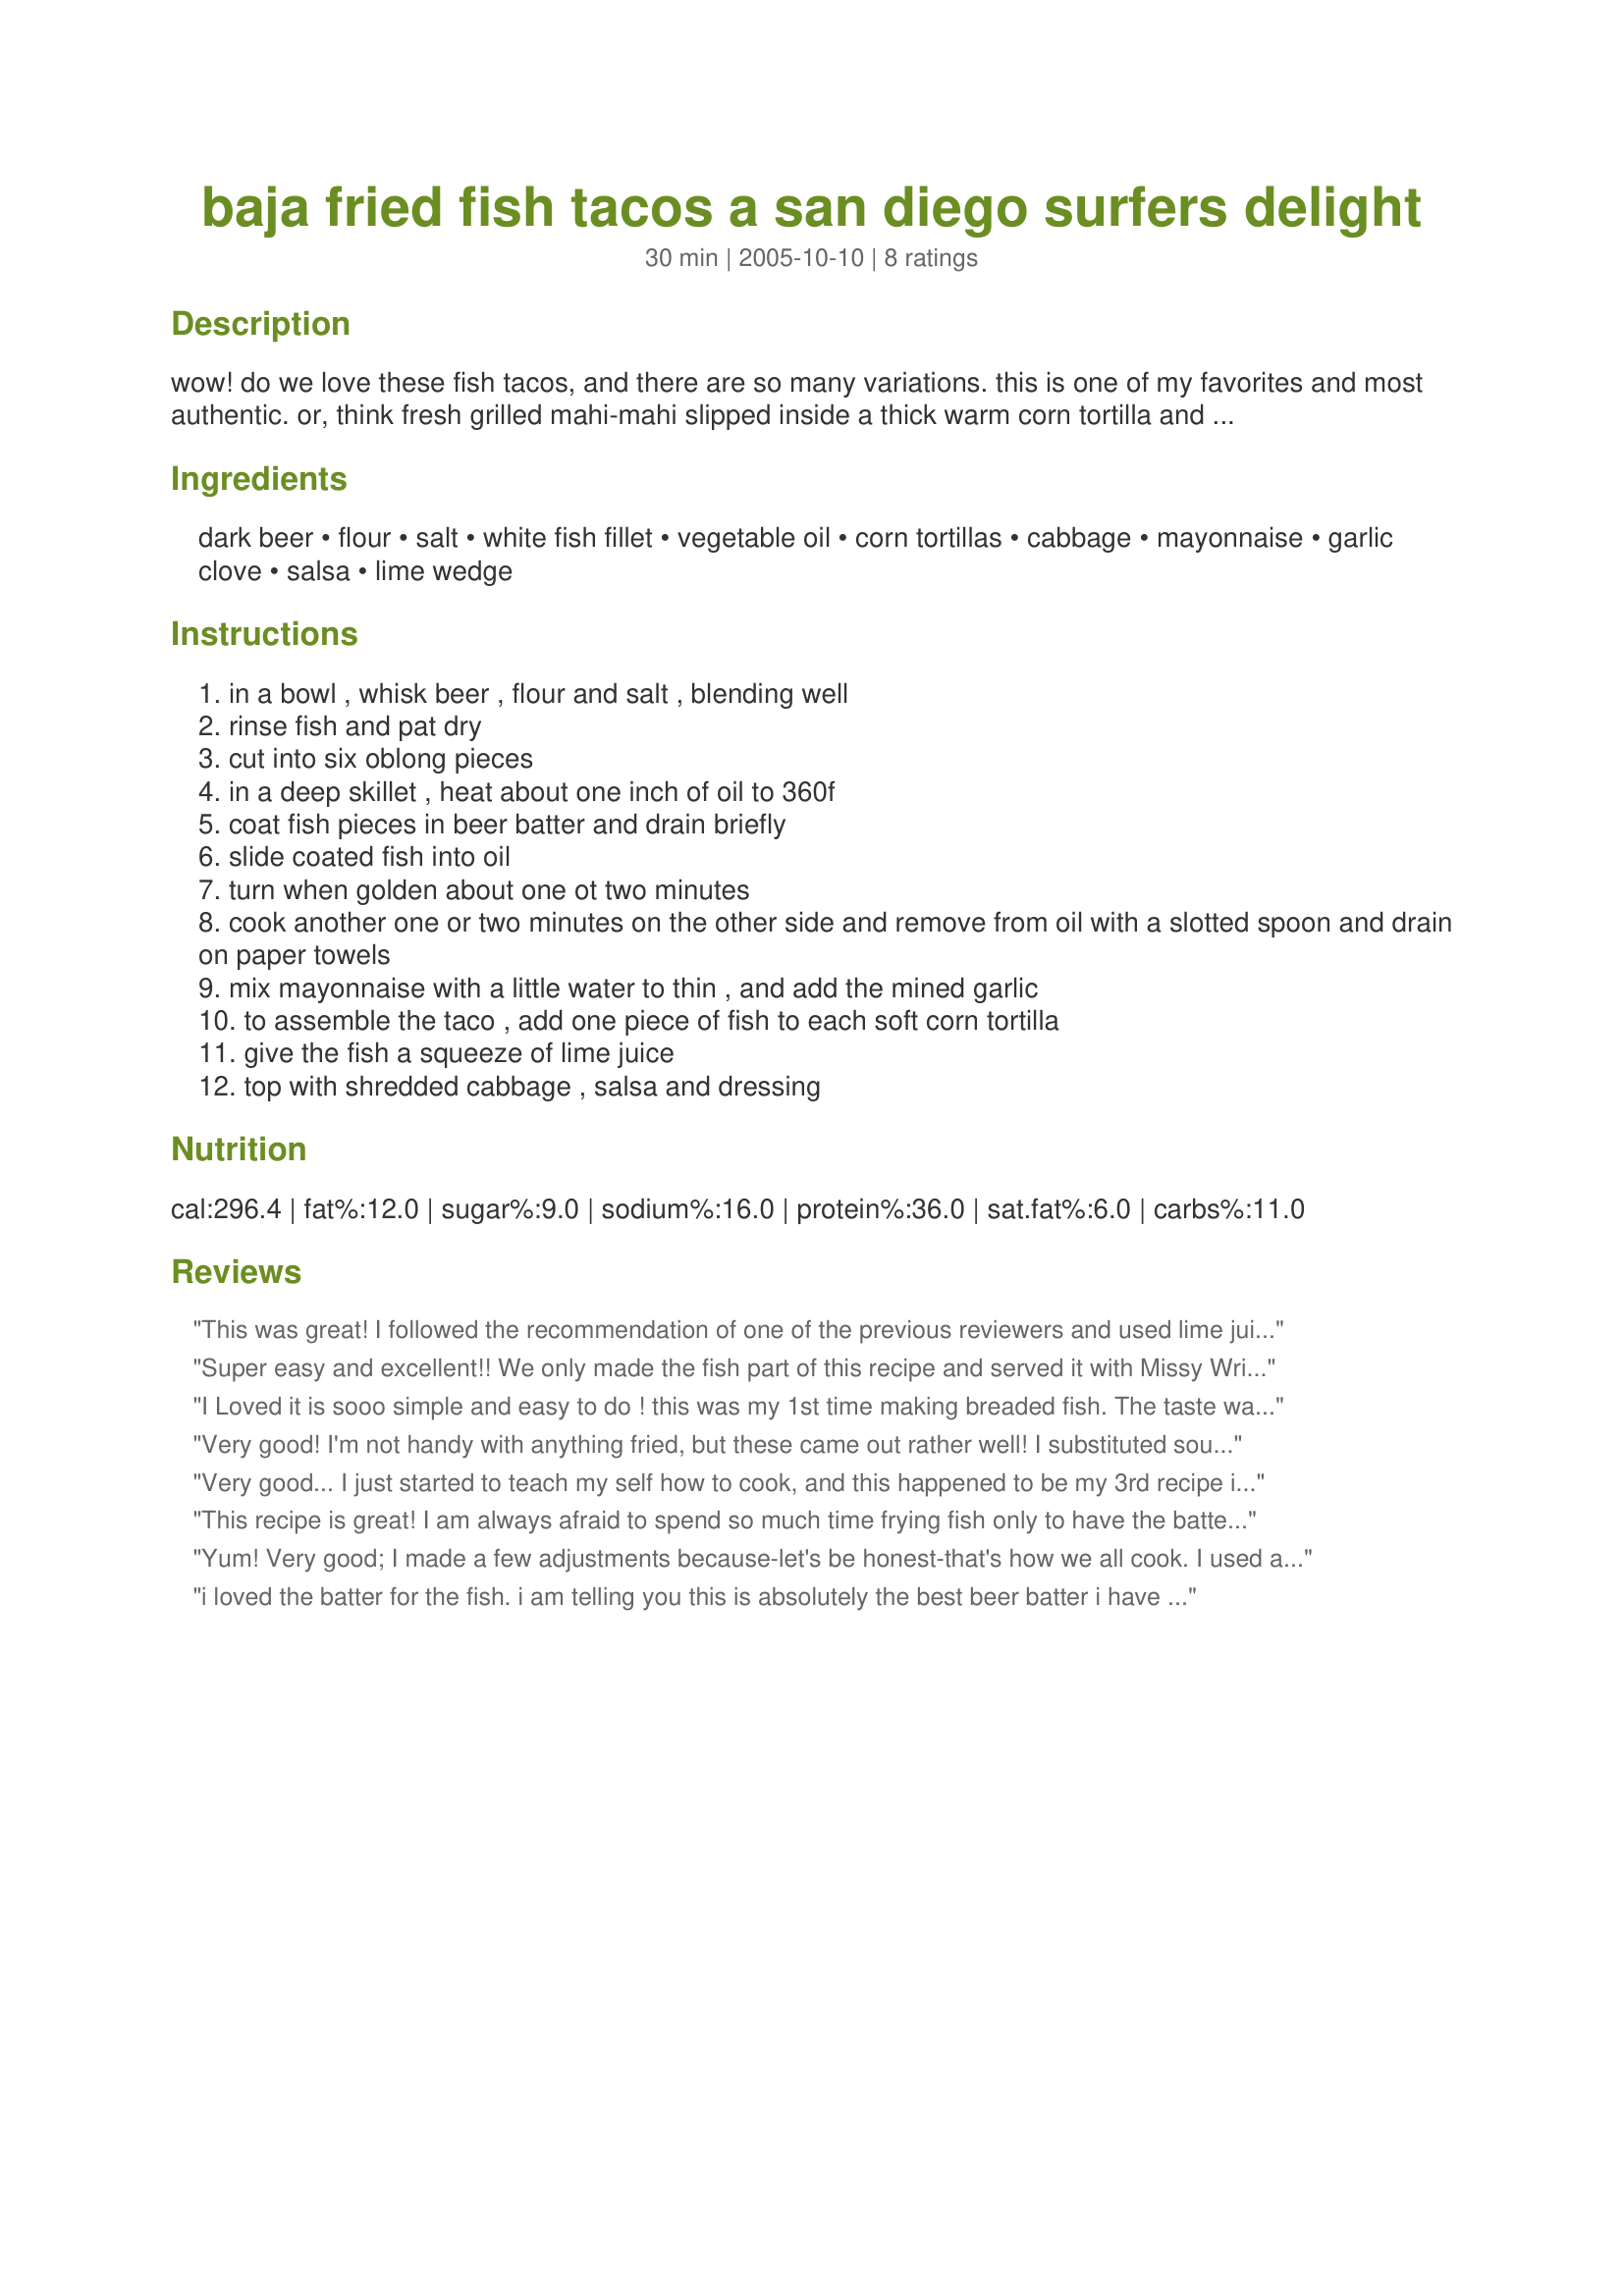
baja fried fish tacos a san diego surfers delight
Preparation time: 30 minutes

wow! do we love these fish tacos, and there are so many variations. this is one of my favorites and most authentic. or, think fresh grilled mahi-mahi slipped inside a thick warm corn tortilla and topped with thinly sliced cabbage, drizzled with lime juice and a splash of creme fresh. yummy!

Ingredients:
dark beer, flour, salt, white fish fillet, vegetable oil, corn tortillas, cabbage, mayonnaise, garlic clove, salsa, lime wedge

Steps:
in a bowl , whisk beer , flour and salt , blending well
rinse fish and pat dry
cut into six oblong pieces
in a deep skillet , heat about one inch of oil to 360f
coat fish pieces in beer batter and drain briefly
slide coated fish into oil
turn when golden about one ot two minutes
cook another one or two minutes on the other side and remove from oil with a slotted spoon and drain on paper towels
mix mayonnaise with a little water to thin , and add the mined garlic
to assemble the taco , add one piece of fish to each soft corn tortilla
give the fish a squeeze of lime juice
top with shredded cabbage , salsa and dressing

Reviews:
This was great! I followed the recommendation of one of the previous reviewers and used lime juice to thin the mayo. Additionally, I added a chipotle pepper in adobo sauce and blended it smooth. It was spicy and very tasty! I had left overs and wrapped it all up in a flour tortilla and sent it to work with my VSO.
Super easy and excellent!! We only made the fish part of this recipe and served it with Missy Wrights Cabbage Salsa Recipe #37237 , sour cream and flour tortillas. I think this recipe would work well for fish and chips as well. Thank you for sharing this keeper!!!!!
I Loved it is sooo simple and easy to do ! this was my 1st time making breaded fish. The taste was soo satisfying ! I recommend eating it with cabbage, lime, and sour cream. soooo delicious !
Very good! I'm not handy with anything fried, but these came out rather well! I substituted sour cream in place of the mayo, and added a chopped up chipotle in adobo for added heat and some lime juice as well for a citrus tang. The whole family enjoyed! Thanks :)
Very good... I just started to teach my self how to cook, and this happened to be my 3rd recipe i tried. I messed some of it up, but it still came out pretty tasty.
This recipe is great! I am always afraid to spend so much time frying fish only to have the batter fall off. This was perfect. I use Samuel Adams Black Lager, which is excellent to drink also. :-) We enjoyed the fried tilapi using this recipe and will do it again. Thanks.
Yum! Very good; I made a few adjustments because-let's be honest-that's how we all cook. I used about 2 tablespoons of mayo for the dressing, and instead of using water I used lime juice...and four garlic cloves. So, although nothing like the original, I loved it--ate the cabbage salad by itself the next day for lunch! Good recipe to be sure.
i loved the batter for the fish. i am telling you this is absolutely the best beer batter i have ever had. and my whole family loved it!!! we decided that we will use this batter from now on! it stays crispy and it is very light too. i used new castle brown ale. i didn't like the salsa with the fish though. thanks!
